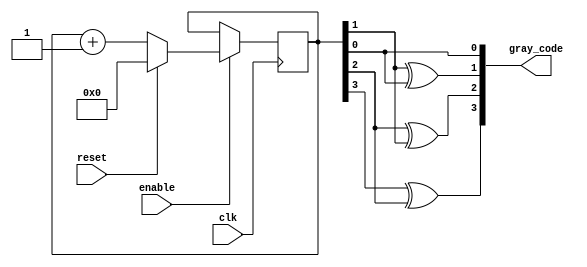
module gray_code_counter(
    input clk,
    input enable,
    input reset,
    output reg [3:0] gray_code
);

reg [3:0] binary_code;

always @(posedge clk) begin
    if (enable) begin
        if (reset) begin
            binary_code <= 4'b0000;
        end else begin
            binary_code <= binary_code + 1;
        end
    end
end

// Convert binary code to Gray code
always @* begin
    gray_code[0] = binary_code[0];
    gray_code[1] = binary_code[1] ^ binary_code[0];
    gray_code[2] = binary_code[2] ^ binary_code[1];
    gray_code[3] = binary_code[3] ^ binary_code[2];
end

endmodule